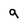
Character: 9